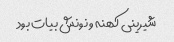
شیرینی کهنه و نونش بیات بود